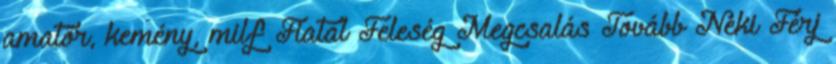
amatőr, kemény, milf Fiatal Feleség Megcsalás Tovább Neki Férj